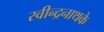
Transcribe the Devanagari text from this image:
रवीन्द्रनाथके